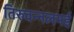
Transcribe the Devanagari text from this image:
तिरुवन्नलमई